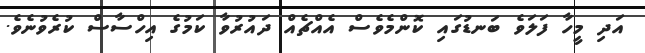
އަދި މީހާ ފަލަވެ ބަނޑުގައި ކޮންމެވެސް އެއްޗެއް ދައުރުވާ ކަމުގެ އިހްސާސް ކުރެވުނެވެ.